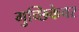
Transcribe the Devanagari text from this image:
गुच्छिकेवर